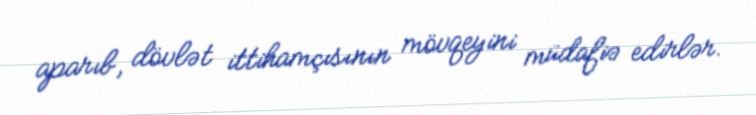
aparıb, dövlət ittihamçısının mövqeyini müdafiə edirlər.